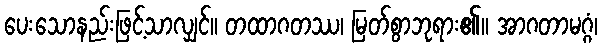
ပေးသောနည်းဖြင့်သာလျှင်။ တထာဂတဿ၊ မြတ်စွာဘုရား၏။ အာဂတာမဂ္ဂံ၊